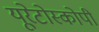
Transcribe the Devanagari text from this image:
यूरेटोस्कोपी